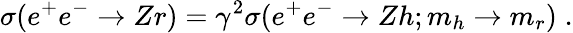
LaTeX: \sigma(e^{+}e^{-}\rightarrow Zr)=\gamma^{2}\sigma(e^{+}e^{-}\rightarrow Zh;m_{h}\rightarrow m_{r})\; .